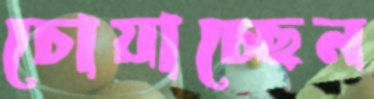
চোয়াচ্ছেন